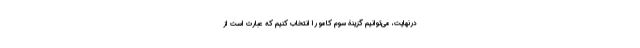
درنهایت، می‌توانیم گزینۀ سوم کامو را انتخاب کنیم که عبارت است از